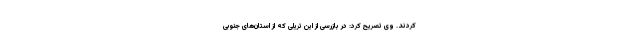
کردند. وی تصریح کرد: در بازرسی از این تریلی که از استان‌های جنوبی